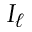
I _ { \ell }